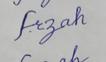
Signature authenticity: forged